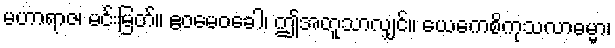
မဟာရာဇ၊ မင်းမြတ်။ ဧဝမေဝခေါ၊ ဤအတူသာလျှင်။ ယေကေစိကုသလာဓမ္မာ၊